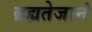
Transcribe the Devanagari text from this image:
ब्रह्मतेजानं